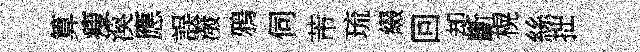
算瘦渙應誤潑鴉伺芾琉綴回却斷榥絲拙